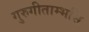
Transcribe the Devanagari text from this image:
गुरुगीताम्भसि